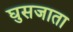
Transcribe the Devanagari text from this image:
घुसजाता